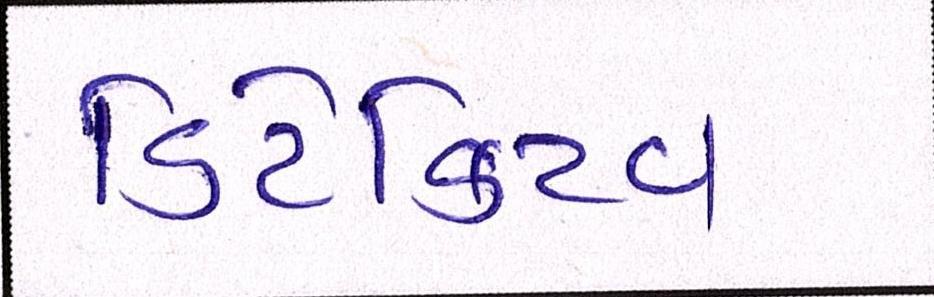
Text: ડિટેક્ટિવ